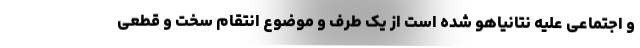
و اجتماعی علیه نتانیاهو شده است از یک طرف و موضوع انتقام سخت و قطعی